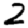
Digit: 2